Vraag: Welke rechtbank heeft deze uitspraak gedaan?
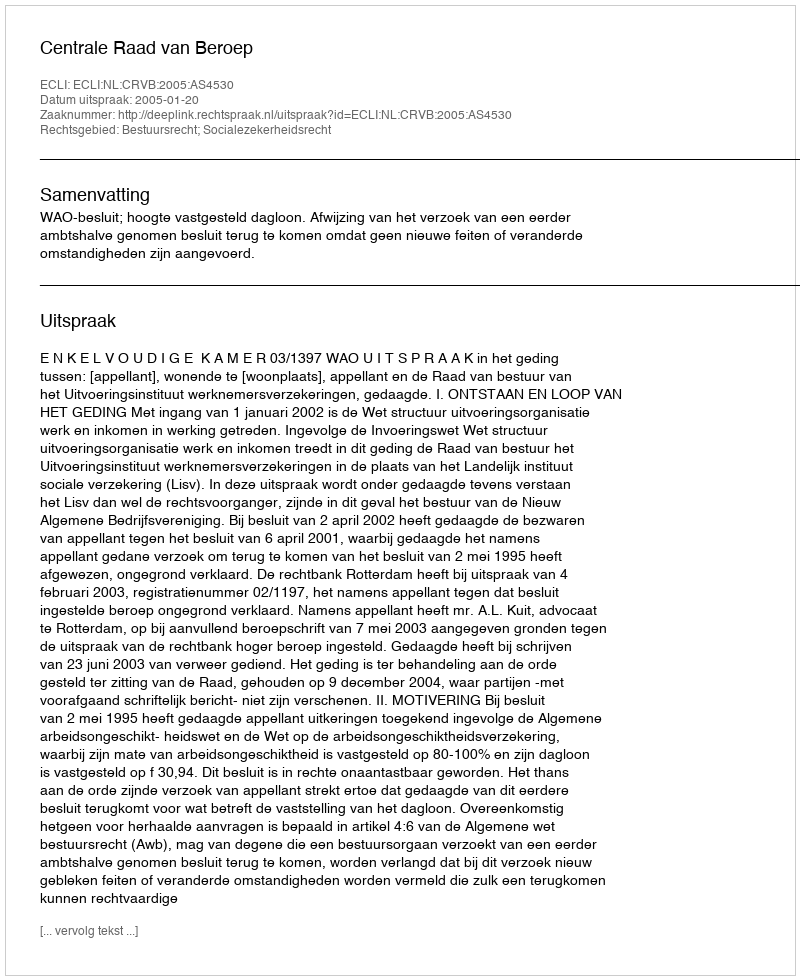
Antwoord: Centrale Raad van Beroep